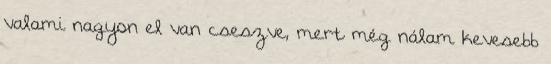
valami nagyon el van cseszve, mert még nálam kevesebb